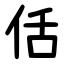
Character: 佸